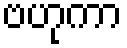
ဗဟုကာ